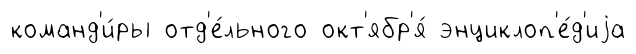
команд'и́ры отд'е́льного окт'ябр'я́ энциклоп'е́д'иjа